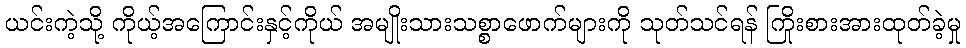
ယင်းကဲ့သို့ ကိုယ့်အကြောင်းနှင့်ကိုယ် အမျိုးသားသစ္စာဖောက်များကို သုတ်သင်ရန် ကြိုးစားအားထုတ်ခဲ့မှု